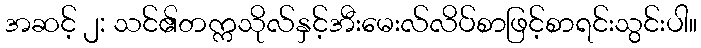
အဆင့် ၂: သင်၏တက္ကသိုလ်နှင့်အီးမေးလ်လိပ်စာဖြင့်စာရင်းသွင်းပါ။